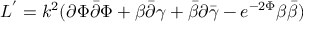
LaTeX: L ^ { ' } = k ^ { 2 } ( { \partial { \Phi } } { \bar { \partial } { \Phi } } + { \beta { \bar { \partial } } \gamma } + { \bar { \beta } } { \partial { \bar { \gamma } } } - e ^ { - 2 { \Phi } } { \beta { \bar { \beta } } } )